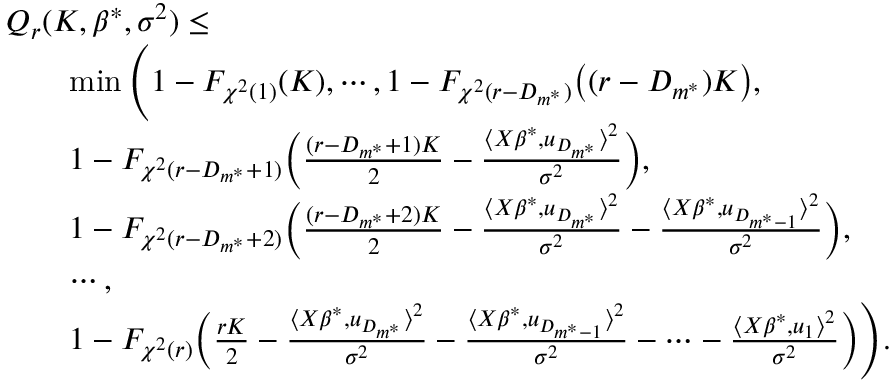
\begin{array} { r l } & { Q _ { r } ( K , \beta ^ { * } , \sigma ^ { 2 } ) \leq } \\ & { \quad \quad \operatorname* { m i n } \Bigg ( 1 - F _ { \chi ^ { 2 } ( 1 ) } ( K ) , \cdots , 1 - F _ { \chi ^ { 2 } ( r - D _ { m ^ { * } } ) } \big ( ( r - D _ { m ^ { * } } ) K \big ) , } \\ & { \quad \quad 1 - F _ { \chi ^ { 2 } ( r - D _ { m ^ { * } } + 1 ) } \bigg ( \frac { ( r - D _ { m ^ { * } } + 1 ) K } { 2 } - \frac { \langle X \beta ^ { * } , u _ { D _ { m ^ { * } } } \rangle ^ { 2 } } { \sigma ^ { 2 } } \bigg ) , } \\ & { \quad \quad 1 - F _ { \chi ^ { 2 } ( r - D _ { m ^ { * } } + 2 ) } \bigg ( \frac { ( r - D _ { m ^ { * } } + 2 ) K } { 2 } - \frac { \langle X \beta ^ { * } , u _ { D _ { m ^ { * } } } \rangle ^ { 2 } } { \sigma ^ { 2 } } - \frac { \langle X \beta ^ { * } , u _ { D _ { m ^ { * } - 1 } } \rangle ^ { 2 } } { \sigma ^ { 2 } } \bigg ) , } \\ & { \quad \quad \cdots , } \\ & { \quad \quad 1 - F _ { \chi ^ { 2 } ( r ) } \bigg ( \frac { r K } { 2 } - \frac { \langle X \beta ^ { * } , u _ { D _ { m ^ { * } } } \rangle ^ { 2 } } { \sigma ^ { 2 } } - \frac { \langle X \beta ^ { * } , u _ { D _ { m ^ { * } - 1 } } \rangle ^ { 2 } } { \sigma ^ { 2 } } - \cdots - \frac { \langle X \beta ^ { * } , u _ { 1 } \rangle ^ { 2 } } { \sigma ^ { 2 } } \bigg ) \Bigg ) . } \end{array}